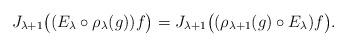
LaTeX: \begin{gather*}J_{\lambda+1}\big( (E_\lambda\circ\rho_\lambda(g))f\big)=J_{\lambda+1} \big( (\rho_{\lambda+1}(g)\circ E_\lambda) f\big).\end{gather*}